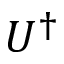
U ^ { \dagger }